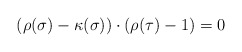
\begin{align*} (\rho(\sigma) - \kappa(\sigma)) \cdot (\rho(\tau) - 1) = 0 \end{align*}